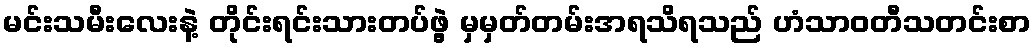
မင်းသမီးလေးနဲ့ တိုင်းရင်းသားတပ်ဖွဲ့ မှမှတ်တမ်းအရသိရသည် ဟံသာဝတီသတင်းစာ